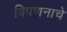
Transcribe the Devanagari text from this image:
विपणनाचे